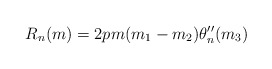
\begin{align*}R_n(m)=2pm(m_1-m_2)\theta''_n(m_3) \end{align*}